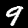
Digit: 9